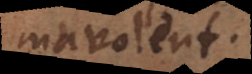
mavolent.